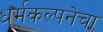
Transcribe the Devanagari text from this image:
धर्मकल्पनेचा